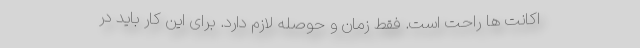
اکانت ها راحت است. فقط زمان و حوصله لازم دارد. برای این کار باید در